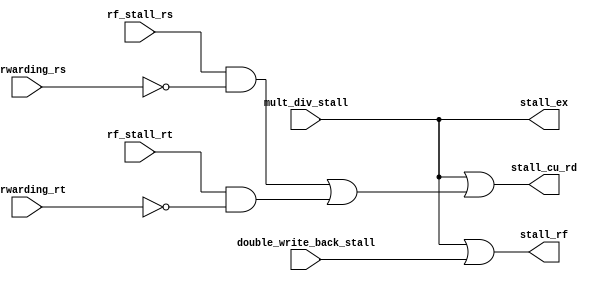
`timescale 1ns / 1ps
//////////////////////////////////////////////////////////////////////////////////
// Company: 
// Engineer: 
// 
// Design Name: 
// Module Name: stall_unit
// Project Name: 
// Target Devices: 
// Tool Versions: 
// Description: 
// 
// Dependencies: 
// 
// Revision:
// Revision 0.01 - File Created
// Additional Comments:
// 
//////////////////////////////////////////////////////////////////////////////////


module Stall_Unit(
    input mult_div_stall,
    input forwarding_rs,
    input forwarding_rt,
    input rf_stall_rs,
    input rf_stall_rt,
    
    input double_write_back_stall,
    
    output stall_cu_rd,
    output stall_ex,
    output stall_rf
    );
    
wire register_stall;
assign register_stall = (rf_stall_rs == 1 && forwarding_rs == 0) || (rf_stall_rt == 1 && forwarding_rt == 0);

assign stall_cu_rd = mult_div_stall || register_stall;
assign stall_ex = mult_div_stall;
assign stall_rf = mult_div_stall || double_write_back_stall;

endmodule